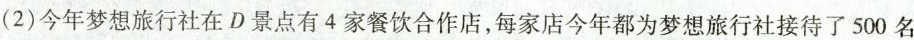
今年梦想旅行社在D景点有4家餐饮合作店，每家店今年都为梦想旅行社接待了500名